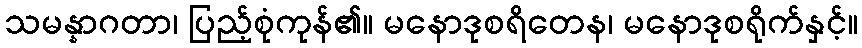
သမန္နာဂတာ၊ ပြည့်စုံကုန်၏။ မနောဒုစရိတေန၊ မနောဒုစရိုက်နှင့်။